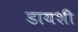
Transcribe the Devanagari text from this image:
डायशी